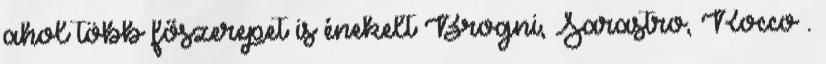
ahol több főszerepet is énekelt Brogni, Sarastro, Rocco .